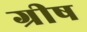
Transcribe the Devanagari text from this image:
ग्रीष